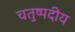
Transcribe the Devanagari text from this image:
चतुष्पदीय